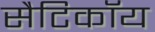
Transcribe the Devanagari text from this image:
सैटिकॉय